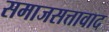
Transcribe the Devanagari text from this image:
समाजसत्तावाद